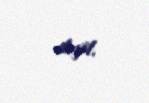
deyil.